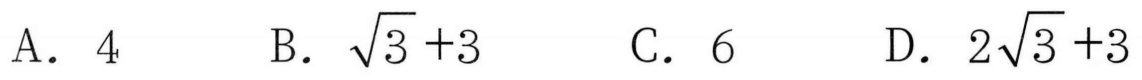
A. \(4\)  B. \(\sqrt{3}+3\)  C. \(6\)  D. \(2\sqrt{3}+3\)